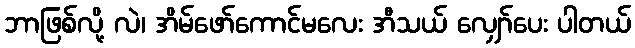
ဘာဖြစ်လို့ လဲ၊ အိမ်ဖော်ကောင်မလေး အီသယ် လျှော်ပေး ပါတယ်